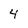
Character: 4